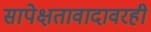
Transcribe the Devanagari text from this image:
सापेक्षतावादावरही